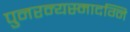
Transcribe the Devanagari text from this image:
पुनरन्यस्मादग्नि